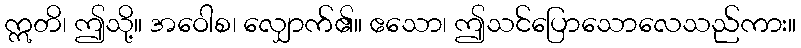
ဣတိ၊ ဤသို့။ အဝေါစ၊ လျှောက်၏။ ဧသော၊ ဤသင်ပြောသောလေသည်ကား။